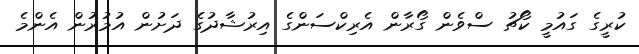
ކުރީގެ ގައުމީ ކޯޗު ސްވެން ގޯރާން އެރިކްސަންގެ އިރުޝާދުގެ ދަށުން އުމުރުން އެންމެ